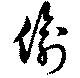
偸